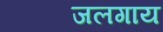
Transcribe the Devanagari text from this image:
जलगाय